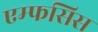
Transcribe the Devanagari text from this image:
एम्फसिस